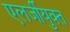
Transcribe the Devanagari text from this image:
एलर्जीयुक्त